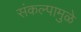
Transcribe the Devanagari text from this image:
संकल्पामुळे